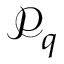
\mathcal { P } _ { q }